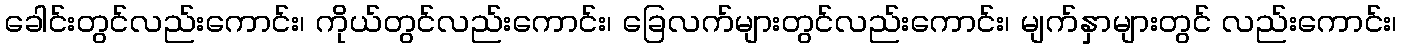
ခေါင်းတွင်လည်းကောင်း၊ ကိုယ်တွင်လည်းကောင်း၊ ခြေလက်များတွင်လည်းကောင်း၊ မျက်နှာများတွင် လည်းကောင်း၊